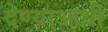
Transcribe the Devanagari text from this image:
देण्याआधी